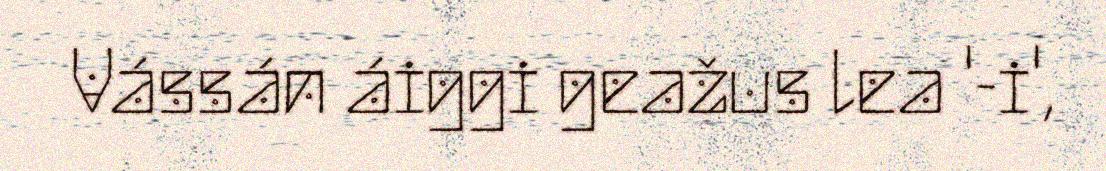
Vássán áiggi geažus lea '-i',